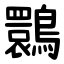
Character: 䴉